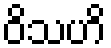
ဝိသဟိ